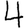
Digit: 4